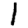
Digit: 1